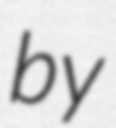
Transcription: by